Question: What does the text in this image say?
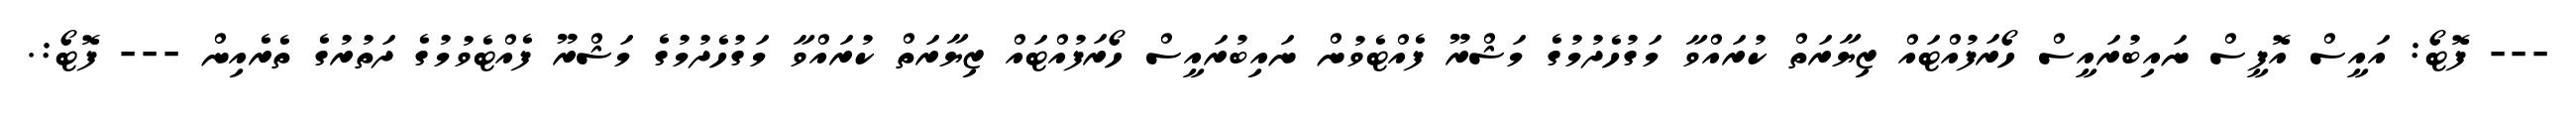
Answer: --- ފޮޓޯ: އައީސް އޮފީސް ނައިބުރައީސް ހޯރަފުއްޓައް ޒިޔާރަތް ކުރައްވާ މަގުހެދުމުގެ މަޝްރޫ ފެއްޓެވުން ނައިބުރައީސް ހޯރަފުއްޓައް ޒިޔާރަތް ކުރައްވާ މަގުހެދުމުގެ މަޝްރޫ ފެއްޓެވުމުގެ ދަތުރުގެ ތެރެއިން --- ފޮޓޯ:.